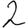
Digit: 2